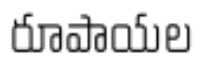
రూపాయల